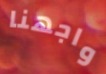
واجهنا